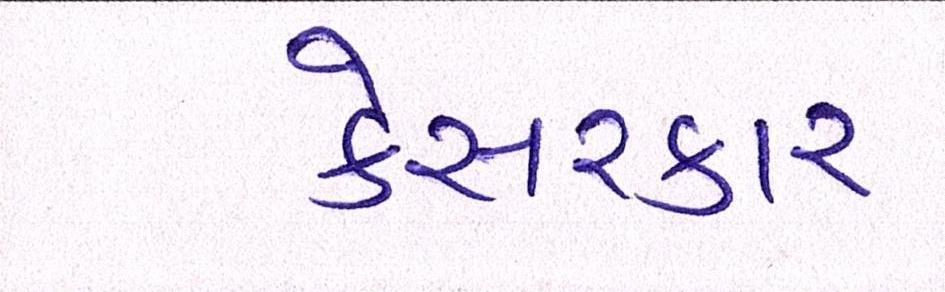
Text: કેસરકાર